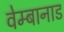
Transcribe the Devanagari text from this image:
वेम्बानाड